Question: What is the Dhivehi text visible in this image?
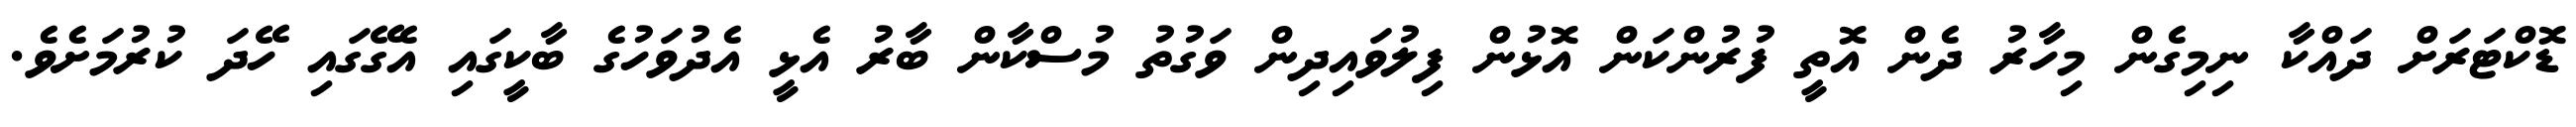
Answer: ޑޮކްޓަރަށް ދައްކާ ނިމިގެން މިހާރު ދެން އޮތީ ފުރުންކަން އޮޅުން ފިލުވައިދިން ވަގުތު މުސްކާން ބާރު އެޅީ އެދުވަހުގެ ބާކީގައި އެގޭގައި ހޭދަ ކުރުމަށެވެ.